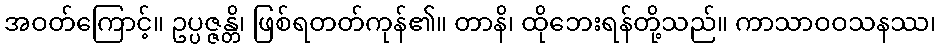
အဝတ်ကြောင့်။ ဥပ္ပဇ္ဇန္တိ၊ ဖြစ်ရတတ်ကုန်၏။ တာနိ၊ ထိုဘေးရန်တို့သည်။ ကာသာဝဝသနဿ၊